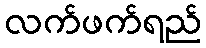
လက်ဖက်ရည်